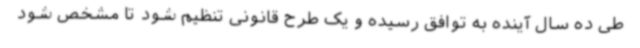
طی ده سال آینده به توافق رسیده و یک طرح قانونی تنظیم شود تا مشخص شود